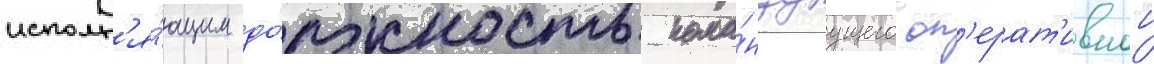
исполн'я́ющим до́лжность кома́ндуущего оп'ерат'ивнои